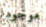
موجودا